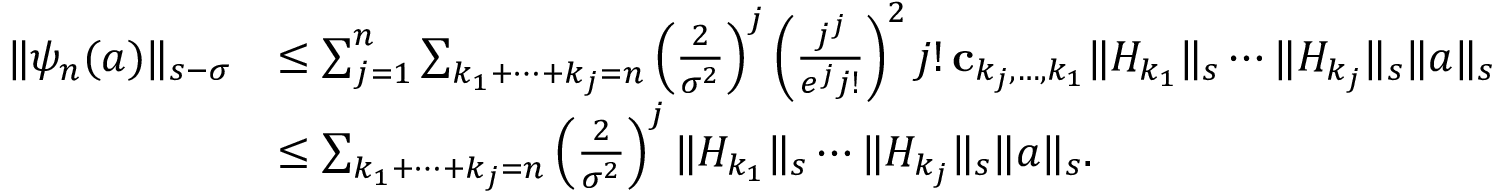
\begin{array} { r l } { \Vert \psi _ { n } ( a ) \Vert _ { s - \sigma } } & { \leq \sum _ { j = 1 } ^ { n } \sum _ { k _ { 1 } + \cdots + k _ { j } = n } \left( \frac { 2 } { \sigma ^ { 2 } } \right) ^ { j } \left( \frac { j ^ { j } } { e ^ { j } j ! } \right) ^ { 2 } j ! \, \mathbf { c } _ { k _ { j } , \ldots , k _ { 1 } } \Vert H _ { k _ { 1 } } \Vert _ { s } \cdots \Vert H _ { k _ { j } } \Vert _ { s } \Vert a \Vert _ { s } } \\ & { \leq \sum _ { k _ { 1 } + \cdots + k _ { j } = n } \left( \frac { 2 } { \sigma ^ { 2 } } \right) ^ { j } \Vert H _ { k _ { 1 } } \Vert _ { s } \cdots \Vert H _ { k _ { j } } \Vert _ { s } \Vert a \Vert _ { s } . } \end{array}